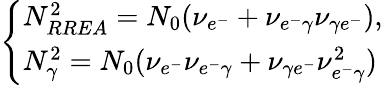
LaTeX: \left\{ \begin{array}{ll}{N_{RREA}^{2}=N_{0}(\nu_{e^{-}}+\nu_{e^{-}\gamma}\nu_{\gamma e^{-}}),}\\ {N_{\gamma}^{2}=N_{0}(\nu_{e^{-}}\nu_{e^{-}\gamma}+\nu_{\gamma e^{-}}\nu_{e^{-}\gamma}^{2})}\end{array}\right.